Lunatic asylums Madras 1877-1891 - 1877-1891
Year: 1877
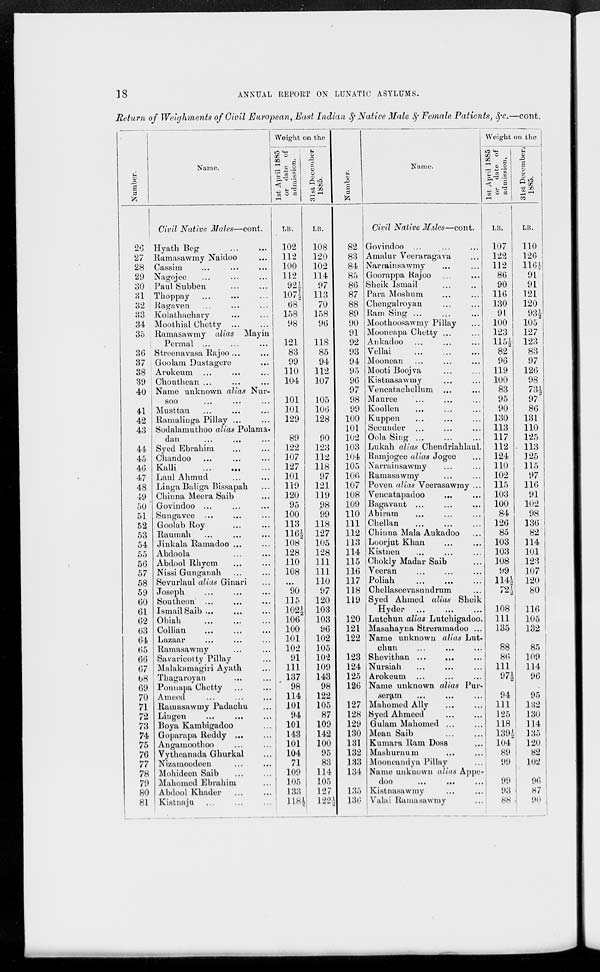
18
ANNUAL REPORT ON LUNATIC ASYLUMS.
Return of Weighments of Civil European, East Indian & Native Male & Female Patients, &c.—cont.
Number.
26
27
28
29
30
31
32
33
34
35
36
37
38
39
40
41
42
43
44
45
46
47
48
49
50
51
52
53
54
55
56
57
58
59
60
61
62
63
64
65
66
67
68
69
70
71
72
73
74
75
76
77
78
79
80
81
Name.
Civil Native Males—cont.
Hyath Beg ... ...
Ramasawmy Naidoo ...
Cassim ... ... ...
Nagojee ... ... ...
Paul Subben ... ...
Thoppay ... ... ...
Ragaven ... ... ...
Kolathachary ... ...
Moothial Chetty ... ...
Ramasawmy alias Mayin
Permal ... ... ...
Streenavasa Rajoo ... ...
Goolam Dustagere ... ...
Arokeum ... ... ...
Chouthean ... ... ...
Name unknown alias Nur-
soo ... ... ...
Musttan ... ... ...
Ramalinga Pillay ... ...
Sodalamuthoo alias Polama-
dan ... ... ...
Syed Ebrahim ... ...
Chandoo ... ... ...
Kalli ... ...
...
Laul Ahmud ... ...
Linga Baliga Bissapah ...
Chinna Meera Saib ...
Govindoo ... ... ...
Sungavee ... ... ...
Goolab Roy ... ...
Raumah ... ... ...
Jinkala Ramadoo ... ...
Abdoola ... ...
Abdool Rhyem ... ...
Nissi Gunganah ... ...
Sevurlaul alias Ginari ...
Joseph ... ... ...
Southeon ... ... ...
Ismail Saib ... ... ...
Obiah ... ... ...
Collian ... ... ...
Lazaar ... ... ...
Ramasawmy ... ...
Savaricotty Pillay ...
Malakamagiri Ayath ...
Thagaroyan ... ...
Ponnapa Chetty ... ...
Ameed ... ... ...
Ramasawmy Padachu ...
Lingen ... ...
...
Boya Kambigadoo ...
Goparapa Reddy ... ...
Angamoothoo ... ...
Vytheanada Ghurkal ...
Nizamoodeen ... ...
Mohideen Saib ... ...
Mahomed Ebrahim ...
Abdool Khader ... ...
Kistnaju ... ... ...
Weight on the
1st April 1885
or date of
admission.
LB.
102
112
100
112
92½
107½
68
158
98
121
83
99
110
104
101
101
129
89
122
107
127
101
119
120
95
100
113
116½
108
128
110
108
...
90
115
102½
106
100
101
102
91
111
137
98
114
101
94
101
143
101
104
71
109
105
133
118½
31st December
1885.
LB.
108
120
102
114
97
113
70
158
96
118
85
94
112
107
105
106
128
90
123
112
118
97
121
119
98
99
118
127
105
128
111
111
110
97
120
103
103
96
102
105
102
109
143
98
122
105
87
109
142
100
95
83
114
105
127
122½
Number.
82
83
84
85
86
87
88
89
90
91
92
93
94
95
96
97
98
99
100
101
102
103
104
105
106
107
108
109
110
111
112
113
114
115
116
117
118
119
120
121
122
123
124
125
126
127
128
129
130
131
132
133
134
135
136
Name.
Civil Native Males—cont.
Govindoo ... ... ...
Amalur Veeraragava ...
Narrainsawmy ... ...
Goorappa Rajoo ... ...
Sheik Ismail ... ...
Para Moshum ... ...
Chengalroyan ... ...
Ram Sing ... ... ...
Moothoosawmy Pillay ...
Mooneapa Chetty ... ...
Ankadoo ... ... ...
Vellai ... ... ...
Moonean ... ... ...
Mooti Boojva ... ...
Kistnasawmy ... ...
Vencatachellum ... ...
Mauree ... ... ...
Koollen ... ... ...
Kuppen ... ... ...
Secunder ... ... ...
Oola Sing ... ... ...
Lukah alias Chendriahlaul.
Ramjogee alias Jogee ...
Narrainsawmy ... ...
Ramasawmy ... ...
Poven alias Veerasawmy ...
Vencatapadoo ... ...
Bagavaut ... ... ...
Abiram ... ... ...
Chellan ... ... ...
Chinna Mala Aukadoo ...
Loorjut Khan ... ...
Kistnen ... ... ...
Chokly Madar Saib ...
Veeran ... ... ...
Poliah ... ... ...
Chellaseevasundrum ...
Syed Ahmed alias Sheik
Hyder ... ... ...
Lutchun alias Lutchigadoo.
Masahayna Streramadoo ...
Name unknown alias Lut-
-hun ... ... ...
Shevithan ... ... ...
Nursiah ... ... ...
Arokeum ... ... ...
Name unknown alias Pur-
seram ... ... ...
Mahomed Ally ... ...
Syed Ahmeed ... ...
Gulam Mabomed ... ...
Mean Saib ... ...
Kumara Ram Doss ...
Mashurnum ... ...
Mooneandya Pillay ...
Name unknown alias Appe-
doo
...
... ...
Kistnasawmy ... ...
Valai Ramasawmy ...
Weight on the
1st April 1885
or date of
admission.
LB.
107
122
112
86
90
116
130
91
100
123
115½
82
96
119
100
83
95
90
130
113
117
112
124
110
102
115
103
100
84
126
85
103
103
108
99
114½
72½
108
111
135
88
86
111
97½
94
111
125
118
139½
104
89
99
99
93
88
31st December
1885.
LB.
110
126
116½
91
91
121
120
93½
105
127
123
83
97
126
98
73½
97
86
131
110
125
113
125
115
97
116
91
102
98
136
82
114
101
123
107
120
80
116
105
132
85
109
114
96
95
132
130
114
135
120
82
102
96
87
90